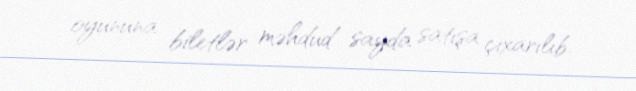
oyununa biletlər məhdud sayda satışa çıxarılıb.